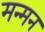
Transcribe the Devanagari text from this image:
मन्मन